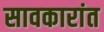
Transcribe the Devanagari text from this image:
सावकारांत